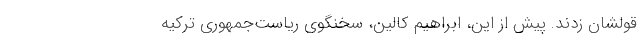
قولشان زدند. پیش از این، ابراهیم کالین، سخنگوی ریاست‌جمهوری ترکیه